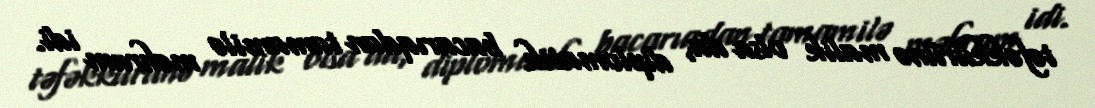
təfəkkürünə malik olsa da, diplomatik bacarıqdan tamamilə məhrum idi.